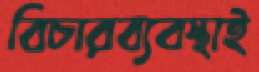
বিচারব্যবস্থাই